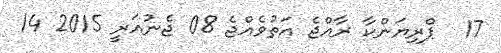
17  ޕްރިޔަންކާ ރާއްޖެ އަތުވެއްޖެ 08 ޖެނުއަރީ 2015 14